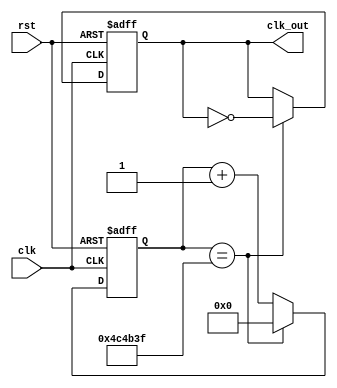
`timescale 1ns / 1ps
//////////////////////////////////////////////////////////////////////////////////
// Company: 
// Engineer: 
// 
// Design Name: 
// Module Name: clockDivider
// Project Name: 
// Target Devices: 
// Tool Versions: 
// Description: 
// 
// Dependencies: 
// 
// Revision:
// Revision 0.01 - File Created
// Additional Comments:
// 
//////////////////////////////////////////////////////////////////////////////////


module clockDivider #(parameter n = 5000000)(clk,rst,clk_out);
    input clk, rst;
    output reg clk_out;
    reg [31:0] cnt;
    always @(posedge clk, posedge rst) begin
        if (rst) begin
            clk_out <= 0;
            cnt <= 0;
        end
        else begin
            if (cnt == n - 1) begin
                clk_out <= ~clk_out;
                cnt <= 0;
            end
            else 
                cnt <= cnt + 1;
        end
    end
endmodule